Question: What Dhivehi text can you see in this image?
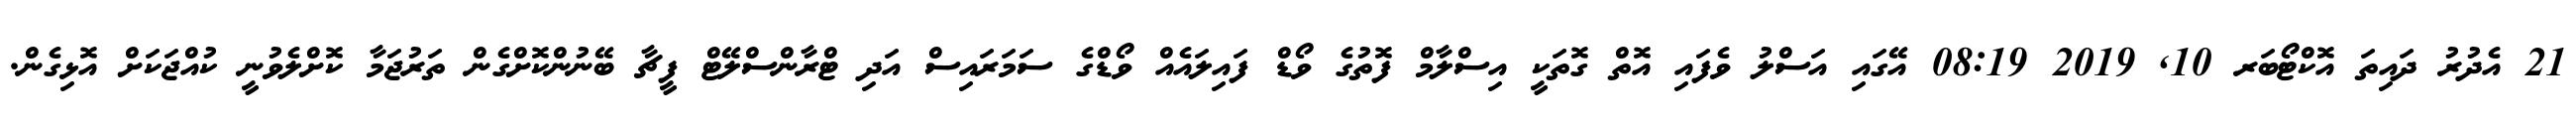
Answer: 21 އެދުރު ދައިތަ އޮކްޓޯބަރ 10, 2019 08:19 އޭގައި އަސްލު ވެފައި އޮތް ގޮތަކީ އިސްލާމް ފޮތުގެ ވޯޑް ފައިލައެއް ވޯޑްގެ ސަމަރައިސް އަދި ޓްރާންސްލޭޓް ފީޗާ ބޭނުންކޮށްގެން ތަރުޖަމާ ކޮށްލެވުނީ ކުއްޖަކަށް އޮޅިގެން.